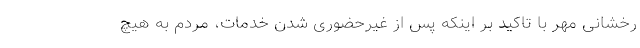
رخشانی مهر با تاکید بر اینکه پس از غیرحضوری شدن خدمات، مردم به هیچ